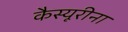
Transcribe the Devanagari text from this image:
कैस्यूरीना